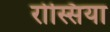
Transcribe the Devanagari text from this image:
रोस्सिया